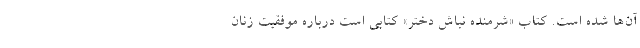
آن‌ها شده است. کتاب «شرمنده نباش دختر» کتابی است درباره موفقیت زنان